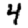
Digit: 4